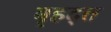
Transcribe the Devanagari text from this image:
बृहद्त्त